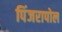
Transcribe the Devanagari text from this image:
पिंजरापोल